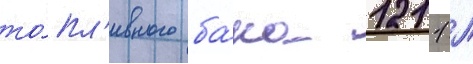
то́пл'ивного ба́ка 1211 л